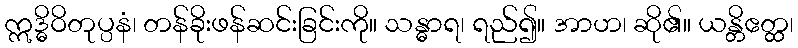
ဣဒ္ဓိဝိတုပ္ပနံ၊ တန်ခိုးဖန်ဆင်းခြင်းကို။ သန္ဓာရ၊ ရည်၍။ အာဟ၊ ဆို၏။ ယန္တိဧတ္ထ၊